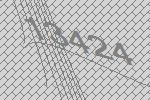
13424